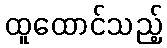
ထူထောင်သည့်